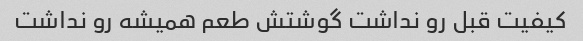
کیفیت قبل رو نداشت گوشتش طعم همیشه رو نداشت